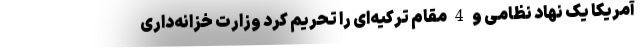
آمریکا یک نهاد نظامی و 4 مقام ترکیه‌ای را تحریم کرد وزارت خزانه‌داری